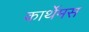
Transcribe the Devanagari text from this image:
कार्थेमस